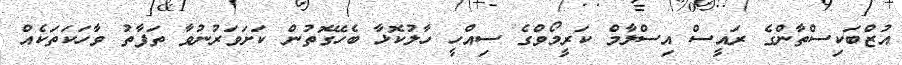
އުޒްބަކިސްތާންގެ ރައީސް އިސްލާމް ކަރީމޯވްގެ ސިއްހީ ހާލުކޮޅާ ބެހޭގޮތުން ކަށަވަރުނުވާ ތަފާތު ވާހަކަތަކެއް